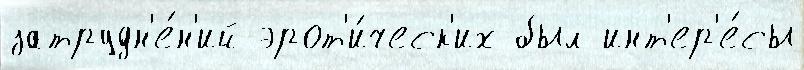
затрудн'е́н'ий эрот'и́ческ'их был инт'ер'е́сы